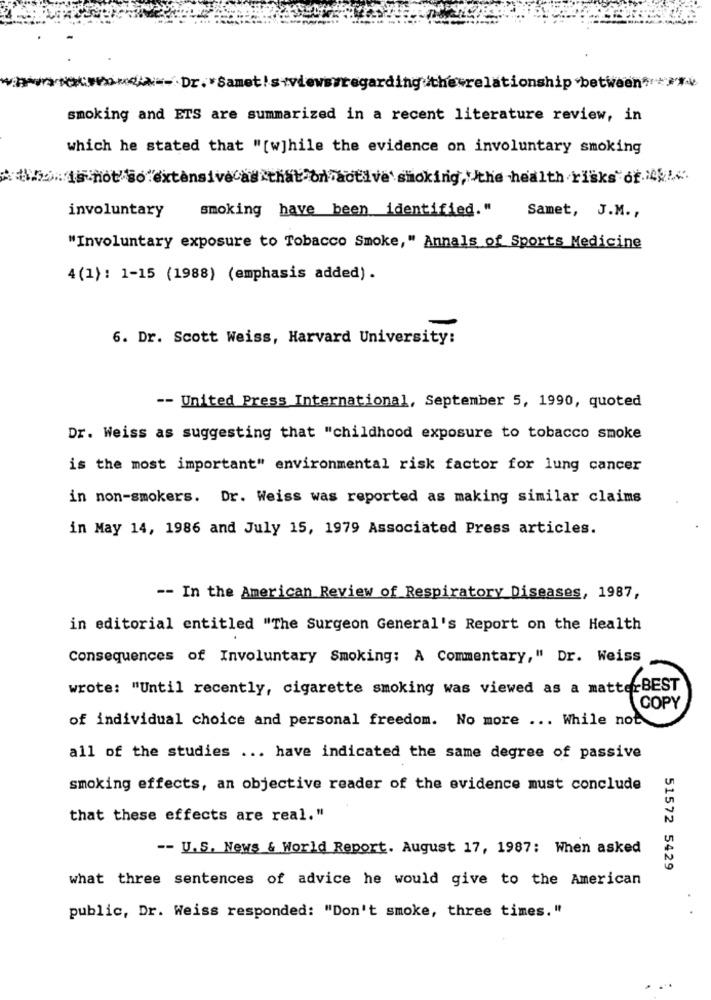
hetrelationship between">
smoking and ETS are summarized in a recent literature review, in
which he stated that "[w]hile the evidence on involuntary smoking
is not so extensivecas that on"active smoking, the health risks of
involuntary
smoking have been identified. "
Samet, J.M .,
"Involuntary exposure to Tobacco Smoke, " Annals of Sports Medicine
4(1): 1-15 (1988) (emphasis added).
6. Dr. Scott Weiss, Harvard University:
-- United Press International, September 5, 1990, quoted
Dr. Weiss as suggesting that "childhood exposure to tobacco smoke
is the most important" environmental risk factor for lung cancer
in non-smokers. Dr. Weiss was reported as making similar claims
in May 14, 1986 and July 15, 1979 Associated Press articles.
-- In the American Review of Respiratory Diseases, 1987,
in editorial entitled "The Surgeon General's Report on the Health
Consequences of Involuntary Smoking: A Commentary," Dr. Weiss
wrote: "Until recently, cigarette smoking was viewed as a matterBEST
[COPY
of individual choice and personal freedom. No more ... While not
all of the studies ... have indicated the same degree of passive
smoking effects, an objective reader of the evidence must conclude
that these effects are real."
-- U.S. News & World Report. August 17, 1987: When asked
51572 5429
what three sentences of advice he would give to the American
public, Dr. Weiss responded: "Don't smoke, three times."